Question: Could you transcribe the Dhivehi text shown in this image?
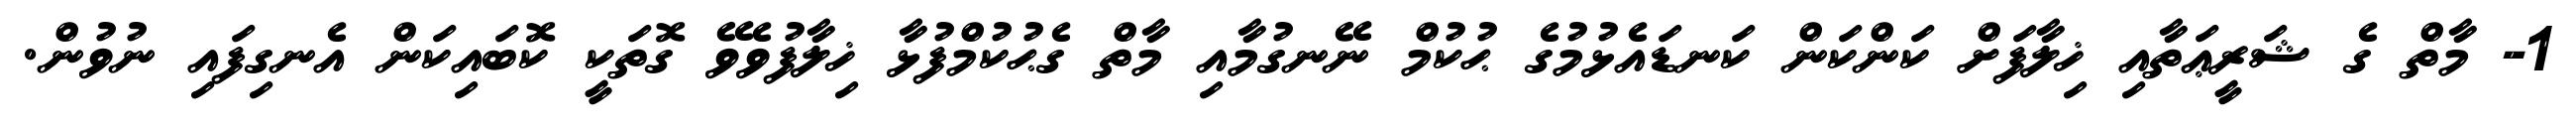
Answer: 1- މާތް ގެ ޝަރީޢަތާއި ޚިލާފަށް ކަންކަން ކަނޑައެޅުމުގެ ޙުކުމް ނޭނގުމާއި މާތް ގެޙުކުމްފުޅާ ޚިލާފުވެވޭ ގޮތަކީ ކޮބައިކަން އެނގިފައި ނުވުން.